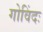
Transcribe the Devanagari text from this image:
गोविंदः